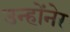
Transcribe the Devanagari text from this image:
उन्होंनेर